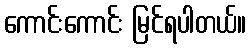
ကောင်းကောင်း မြင်ရပါတယ်။